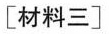
[材料三]